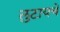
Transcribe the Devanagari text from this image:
लुटायचे